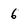
Character: 6